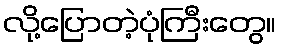
လို့ပြောတဲ့ပုံကြီးတွေ။